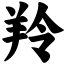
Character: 羚